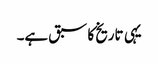
یہی تاریخ کا سبق ہے۔